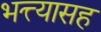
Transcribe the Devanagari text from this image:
भत्त्यासह